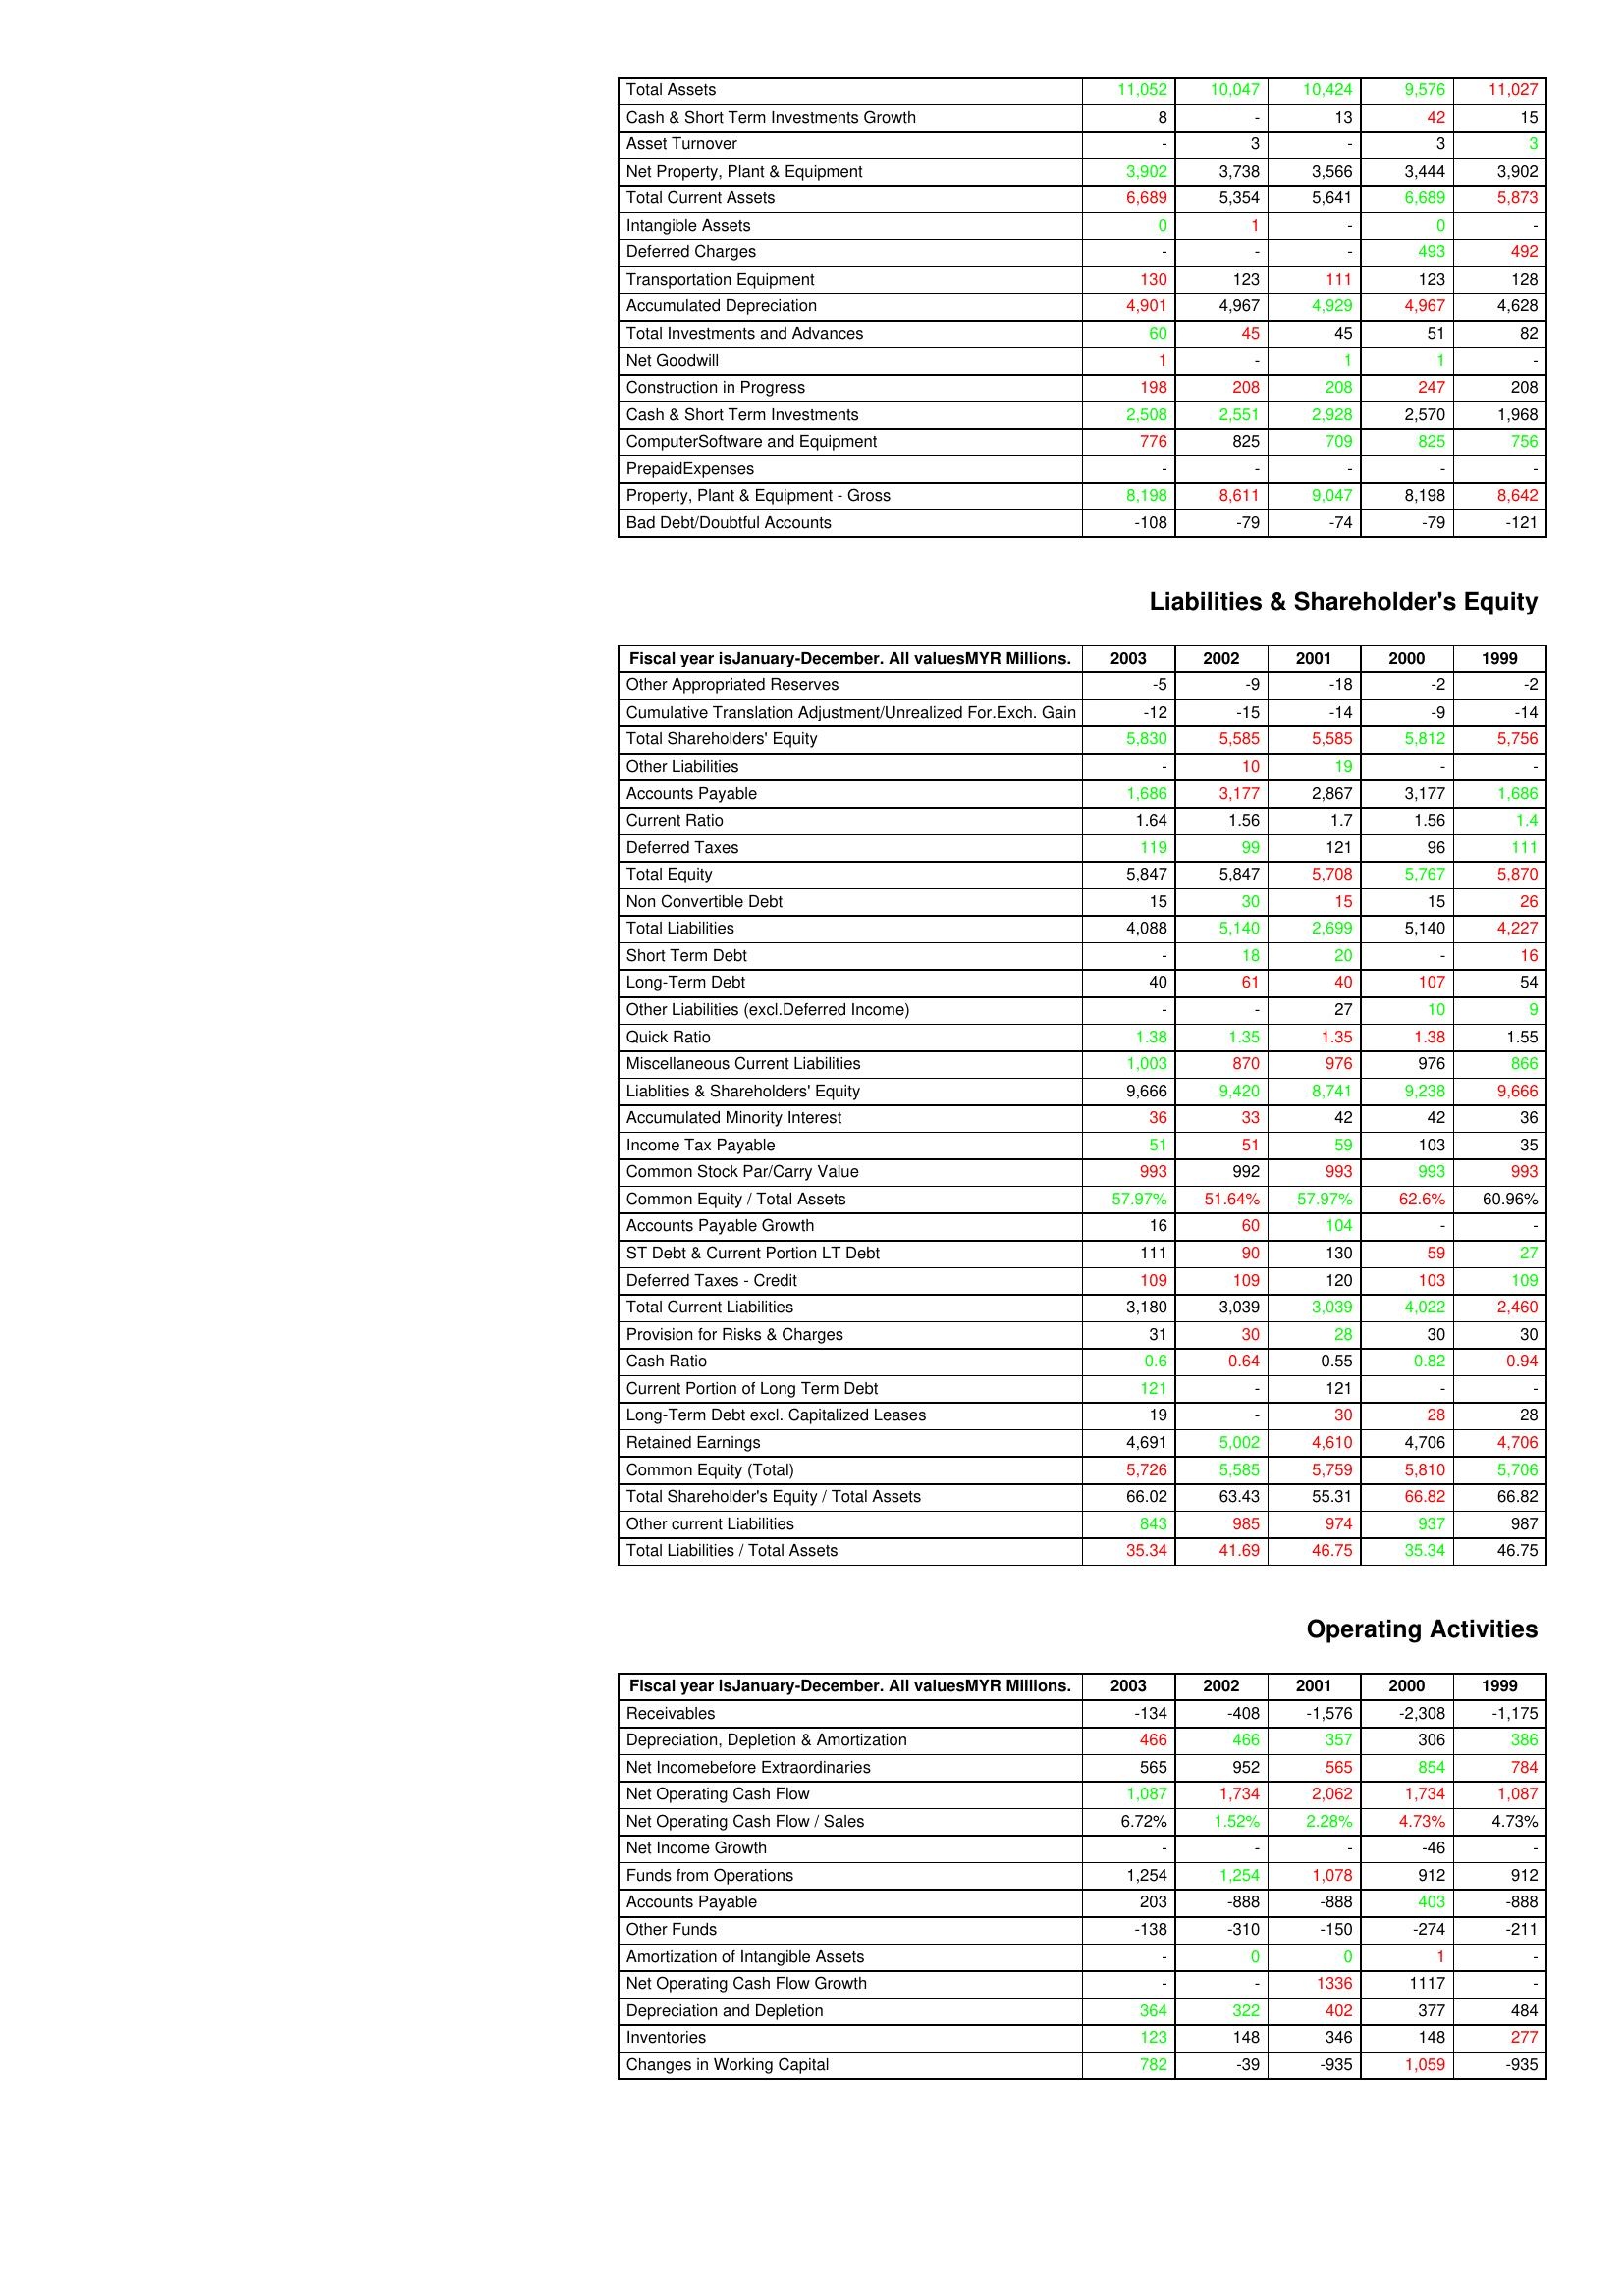
gt_parse: 2003: Assets: Total Assets: 11,052
Cash & Short Term Investments Growth: 8
Asset Turnover: -
Net Property, Plant & Equipment: 3,902
Total Current Assets: 6,689
Intangible Assets: 0
Deferred Charges: -
Transportation Equipment: 130
Accumulated Depreciation: 4,901
Total Investments and Advances: 60
Net Goodwill: 1
Construction in Progress: 198
Cash & Short Term Investments: 2,508
ComputerSoftware and Equipment: 776
PrepaidExpenses: -
Property, Plant & Equipment - Gross : 8,198
Bad Debt/Doubtful Accounts: -108
Liabilities & Shareholder's Equity: Other Appropriated Reserves: -5
Cumulative Translation Adjustment/Unrealized For.Exch. Gain: -12
Total Shareholders' Equity: 5,830
Other Liabilities: -
Accounts Payable: 1,686
Current Ratio: 1.64
Deferred Taxes: 119
Total Equity: 5,847
Non Convertible Debt: 15
Total Liabilities: 4,088
Short Term Debt: -
Long-Term Debt: 40
Other Liabilities (excl.Deferred Income): -
Quick Ratio: 1.38
Miscellaneous Current Liabilities: 1,003
Liablities & Shareholders' Equity: 9,666
Accumulated Minority Interest: 36
Income Tax Payable: 51
Common Stock Par/Carry Value: 993
Common Equity / Total Assets: 57.97%
Accounts Payable Growth: 16
ST Debt & Current Portion LT Debt: 111
Deferred Taxes - Credit: 109
Total Current Liabilities: 3,180
Provision for Risks & Charges: 31
Cash Ratio: 0.6
Current Portion of Long Term Debt: 121
Long-Term Debt excl. Capitalized Leases: 19
Retained Earnings: 4,691
Common Equity (Total): 5,726
Total Shareholder's Equity / Total Assets: 66.02
Other current Liabilities: 843
Total Liabilities / Total Assets: 35.34
Operating Activities: Receivables: -134
Depreciation, Depletion & Amortization: 466
Net Incomebefore Extraordinaries: 565
Net Operating Cash Flow: 1,087
Net Operating Cash Flow / Sales: 6.72%
Net Income Growth: -
Funds from Operations: 1,254
Accounts Payable: 203
Other Funds: -138
Amortization of Intangible Assets: -
Net Operating Cash Flow Growth: -
Depreciation and Depletion: 364
Inventories: 123
Changes in Working Capital: 782
2002: Assets: Total Assets: 10,047
Cash & Short Term Investments Growth: -
Asset Turnover: 3
Net Property, Plant & Equipment: 3,738
Total Current Assets: 5,354
Intangible Assets: 1
Deferred Charges: -
Transportation Equipment: 123
Accumulated Depreciation: 4,967
Total Investments and Advances: 45
Net Goodwill: -
Construction in Progress: 208
Cash & Short Term Investments: 2,551
ComputerSoftware and Equipment: 825
PrepaidExpenses: -
Property, Plant & Equipment - Gross : 8,611
Bad Debt/Doubtful Accounts: -79
Liabilities & Shareholder's Equity: Other Appropriated Reserves: -9
Cumulative Translation Adjustment/Unrealized For.Exch. Gain: -15
Total Shareholders' Equity: 5,585
Other Liabilities: 10
Accounts Payable: 3,177
Current Ratio: 1.56
Deferred Taxes: 99
Total Equity: 5,847
Non Convertible Debt: 30
Total Liabilities: 5,140
Short Term Debt: 18
Long-Term Debt: 61
Other Liabilities (excl.Deferred Income): -
Quick Ratio: 1.35
Miscellaneous Current Liabilities: 870
Liablities & Shareholders' Equity: 9,420
Accumulated Minority Interest: 33
Income Tax Payable: 51
Common Stock Par/Carry Value: 992
Common Equity / Total Assets: 51.64%
Accounts Payable Growth: 60
ST Debt & Current Portion LT Debt: 90
Deferred Taxes - Credit: 109
Total Current Liabilities: 3,039
Provision for Risks & Charges: 30
Cash Ratio: 0.64
Current Portion of Long Term Debt: -
Long-Term Debt excl. Capitalized Leases: -
Retained Earnings: 5,002
Common Equity (Total): 5,585
Total Shareholder's Equity / Total Assets: 63.43
Other current Liabilities: 985
Total Liabilities / Total Assets: 41.69
Operating Activities: Receivables: -408
Depreciation, Depletion & Amortization: 466
Net Incomebefore Extraordinaries: 952
Net Operating Cash Flow: 1,734
Net Operating Cash Flow / Sales: 1.52%
Net Income Growth: -
Funds from Operations: 1,254
Accounts Payable: -888
Other Funds: -310
Amortization of Intangible Assets: 0
Net Operating Cash Flow Growth: -
Depreciation and Depletion: 322
Inventories: 148
Changes in Working Capital: -39
2001: Assets: Total Assets: 10,424
Cash & Short Term Investments Growth: 13
Asset Turnover: -
Net Property, Plant & Equipment: 3,566
Total Current Assets: 5,641
Intangible Assets: -
Deferred Charges: -
Transportation Equipment: 111
Accumulated Depreciation: 4,929
Total Investments and Advances: 45
Net Goodwill: 1
Construction in Progress: 208
Cash & Short Term Investments: 2,928
ComputerSoftware and Equipment: 709
PrepaidExpenses: -
Property, Plant & Equipment - Gross : 9,047
Bad Debt/Doubtful Accounts: -74
Liabilities & Shareholder's Equity: Other Appropriated Reserves: -18
Cumulative Translation Adjustment/Unrealized For.Exch. Gain: -14
Total Shareholders' Equity: 5,585
Other Liabilities: 19
Accounts Payable: 2,867
Current Ratio: 1.7
Deferred Taxes: 121
Total Equity: 5,708
Non Convertible Debt: 15
Total Liabilities: 2,699
Short Term Debt: 20
Long-Term Debt: 40
Other Liabilities (excl.Deferred Income): 27
Quick Ratio: 1.35
Miscellaneous Current Liabilities: 976
Liablities & Shareholders' Equity: 8,741
Accumulated Minority Interest: 42
Income Tax Payable: 59
Common Stock Par/Carry Value: 993
Common Equity / Total Assets: 57.97%
Accounts Payable Growth: 104
ST Debt & Current Portion LT Debt: 130
Deferred Taxes - Credit: 120
Total Current Liabilities: 3,039
Provision for Risks & Charges: 28
Cash Ratio: 0.55
Current Portion of Long Term Debt: 121
Long-Term Debt excl. Capitalized Leases: 30
Retained Earnings: 4,610
Common Equity (Total): 5,759
Total Shareholder's Equity / Total Assets: 55.31
Other current Liabilities: 974
Total Liabilities / Total Assets: 46.75
Operating Activities: Receivables: -1,576
Depreciation, Depletion & Amortization: 357
Net Incomebefore Extraordinaries: 565
Net Operating Cash Flow: 2,062
Net Operating Cash Flow / Sales: 2.28%
Net Income Growth: -
Funds from Operations: 1,078
Accounts Payable: -888
Other Funds: -150
Amortization of Intangible Assets: 0
Net Operating Cash Flow Growth: 1336
Depreciation and Depletion: 402
Inventories: 346
Changes in Working Capital: -935
2000: Assets: Total Assets: 9,576
Cash & Short Term Investments Growth: 42
Asset Turnover: 3
Net Property, Plant & Equipment: 3,444
Total Current Assets: 6,689
Intangible Assets: 0
Deferred Charges: 493
Transportation Equipment: 123
Accumulated Depreciation: 4,967
Total Investments and Advances: 51
Net Goodwill: 1
Construction in Progress: 247
Cash & Short Term Investments: 2,570
ComputerSoftware and Equipment: 825
PrepaidExpenses: -
Property, Plant & Equipment - Gross : 8,198
Bad Debt/Doubtful Accounts: -79
Liabilities & Shareholder's Equity: Other Appropriated Reserves: -2
Cumulative Translation Adjustment/Unrealized For.Exch. Gain: -9
Total Shareholders' Equity: 5,812
Other Liabilities: -
Accounts Payable: 3,177
Current Ratio: 1.56
Deferred Taxes: 96
Total Equity: 5,767
Non Convertible Debt: 15
Total Liabilities: 5,140
Short Term Debt: -
Long-Term Debt: 107
Other Liabilities (excl.Deferred Income): 10
Quick Ratio: 1.38
Miscellaneous Current Liabilities: 976
Liablities & Shareholders' Equity: 9,238
Accumulated Minority Interest: 42
Income Tax Payable: 103
Common Stock Par/Carry Value: 993
Common Equity / Total Assets: 62.6%
Accounts Payable Growth: -
ST Debt & Current Portion LT Debt: 59
Deferred Taxes - Credit: 103
Total Current Liabilities: 4,022
Provision for Risks & Charges: 30
Cash Ratio: 0.82
Current Portion of Long Term Debt: -
Long-Term Debt excl. Capitalized Leases: 28
Retained Earnings: 4,706
Common Equity (Total): 5,810
Total Shareholder's Equity / Total Assets: 66.82
Other current Liabilities: 937
Total Liabilities / Total Assets: 35.34
Operating Activities: Receivables: -2,308
Depreciation, Depletion & Amortization: 306
Net Incomebefore Extraordinaries: 854
Net Operating Cash Flow: 1,734
Net Operating Cash Flow / Sales: 4.73%
Net Income Growth: -46
Funds from Operations: 912
Accounts Payable: 403
Other Funds: -274
Amortization of Intangible Assets: 1
Net Operating Cash Flow Growth: 1117
Depreciation and Depletion: 377
Inventories: 148
Changes in Working Capital: 1,059
1999: Assets: Total Assets: 11,027
Cash & Short Term Investments Growth: 15
Asset Turnover: 3
Net Property, Plant & Equipment: 3,902
Total Current Assets: 5,873
Intangible Assets: -
Deferred Charges: 492
Transportation Equipment: 128
Accumulated Depreciation: 4,628
Total Investments and Advances: 82
Net Goodwill: -
Construction in Progress: 208
Cash & Short Term Investments: 1,968
ComputerSoftware and Equipment: 756
PrepaidExpenses: -
Property, Plant & Equipment - Gross : 8,642
Bad Debt/Doubtful Accounts: -121
Liabilities & Shareholder's Equity: Other Appropriated Reserves: -2
Cumulative Translation Adjustment/Unrealized For.Exch. Gain: -14
Total Shareholders' Equity: 5,756
Other Liabilities: -
Accounts Payable: 1,686
Current Ratio: 1.4
Deferred Taxes: 111
Total Equity: 5,870
Non Convertible Debt: 26
Total Liabilities: 4,227
Short Term Debt: 16
Long-Term Debt: 54
Other Liabilities (excl.Deferred Income): 9
Quick Ratio: 1.55
Miscellaneous Current Liabilities: 866
Liablities & Shareholders' Equity: 9,666
Accumulated Minority Interest: 36
Income Tax Payable: 35
Common Stock Par/Carry Value: 993
Common Equity / Total Assets: 60.96%
Accounts Payable Growth: -
ST Debt & Current Portion LT Debt: 27
Deferred Taxes - Credit: 109
Total Current Liabilities: 2,460
Provision for Risks & Charges: 30
Cash Ratio: 0.94
Current Portion of Long Term Debt: -
Long-Term Debt excl. Capitalized Leases: 28
Retained Earnings: 4,706
Common Equity (Total): 5,706
Total Shareholder's Equity / Total Assets: 66.82
Other current Liabilities: 987
Total Liabilities / Total Assets: 46.75
Operating Activities: Receivables: -1,175
Depreciation, Depletion & Amortization: 386
Net Incomebefore Extraordinaries: 784
Net Operating Cash Flow: 1,087
Net Operating Cash Flow / Sales: 4.73%
Net Income Growth: -
Funds from Operations: 912
Accounts Payable: -888
Other Funds: -211
Amortization of Intangible Assets: -
Net Operating Cash Flow Growth: -
Depreciation and Depletion: 484
Inventories: 277
Changes in Working Capital: -935